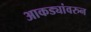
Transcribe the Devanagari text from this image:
आकड्यांवरुन